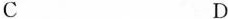
C D